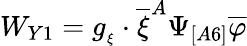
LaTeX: W_{Y1}=g_{_{\xi}}\cdot\overline{{{\xi}}}^{A}\Psi_{[A6]}\overline{{{\varphi}}}